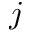
j